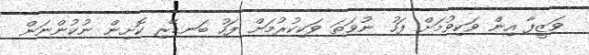
ވަޒީފާ އިން ވަކިވުމަށް ފަހު ނުވަތަ ވަކިކުރުމަށް ފަހު ބަނޑޭރި ކޮށިން ނުކުންނަން